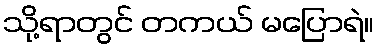
သို့ရာတွင် တကယ် မပြောရဲ။